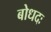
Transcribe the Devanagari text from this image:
बोधदः